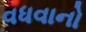
વધવાનો